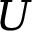
U